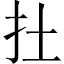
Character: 扗